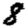
Digit: 8